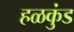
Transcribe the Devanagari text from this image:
हळकुंड